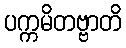
ပက္ကမိတဗ္ဗာတိ